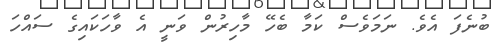
ބުނެފަ އެވެ. ނަމަވެސް ކަމާ ބެހޭ މާހިރުން ވަނީ އެ ވާހަކައިގެ ސައްހަ